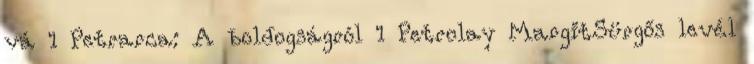
vá 1 Petrarca: A boldogságról 1 Petrolay MargitSürgős levél